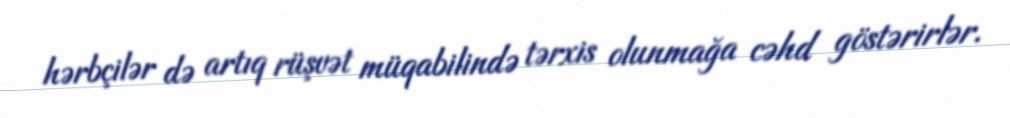
hərbçilər də artıq rüşvət müqabilində tərxis olunmağa cəhd göstərirlər.